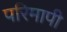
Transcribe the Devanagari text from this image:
परिमापी